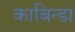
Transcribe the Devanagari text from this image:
काबिन्डा